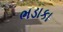
ભડાકા